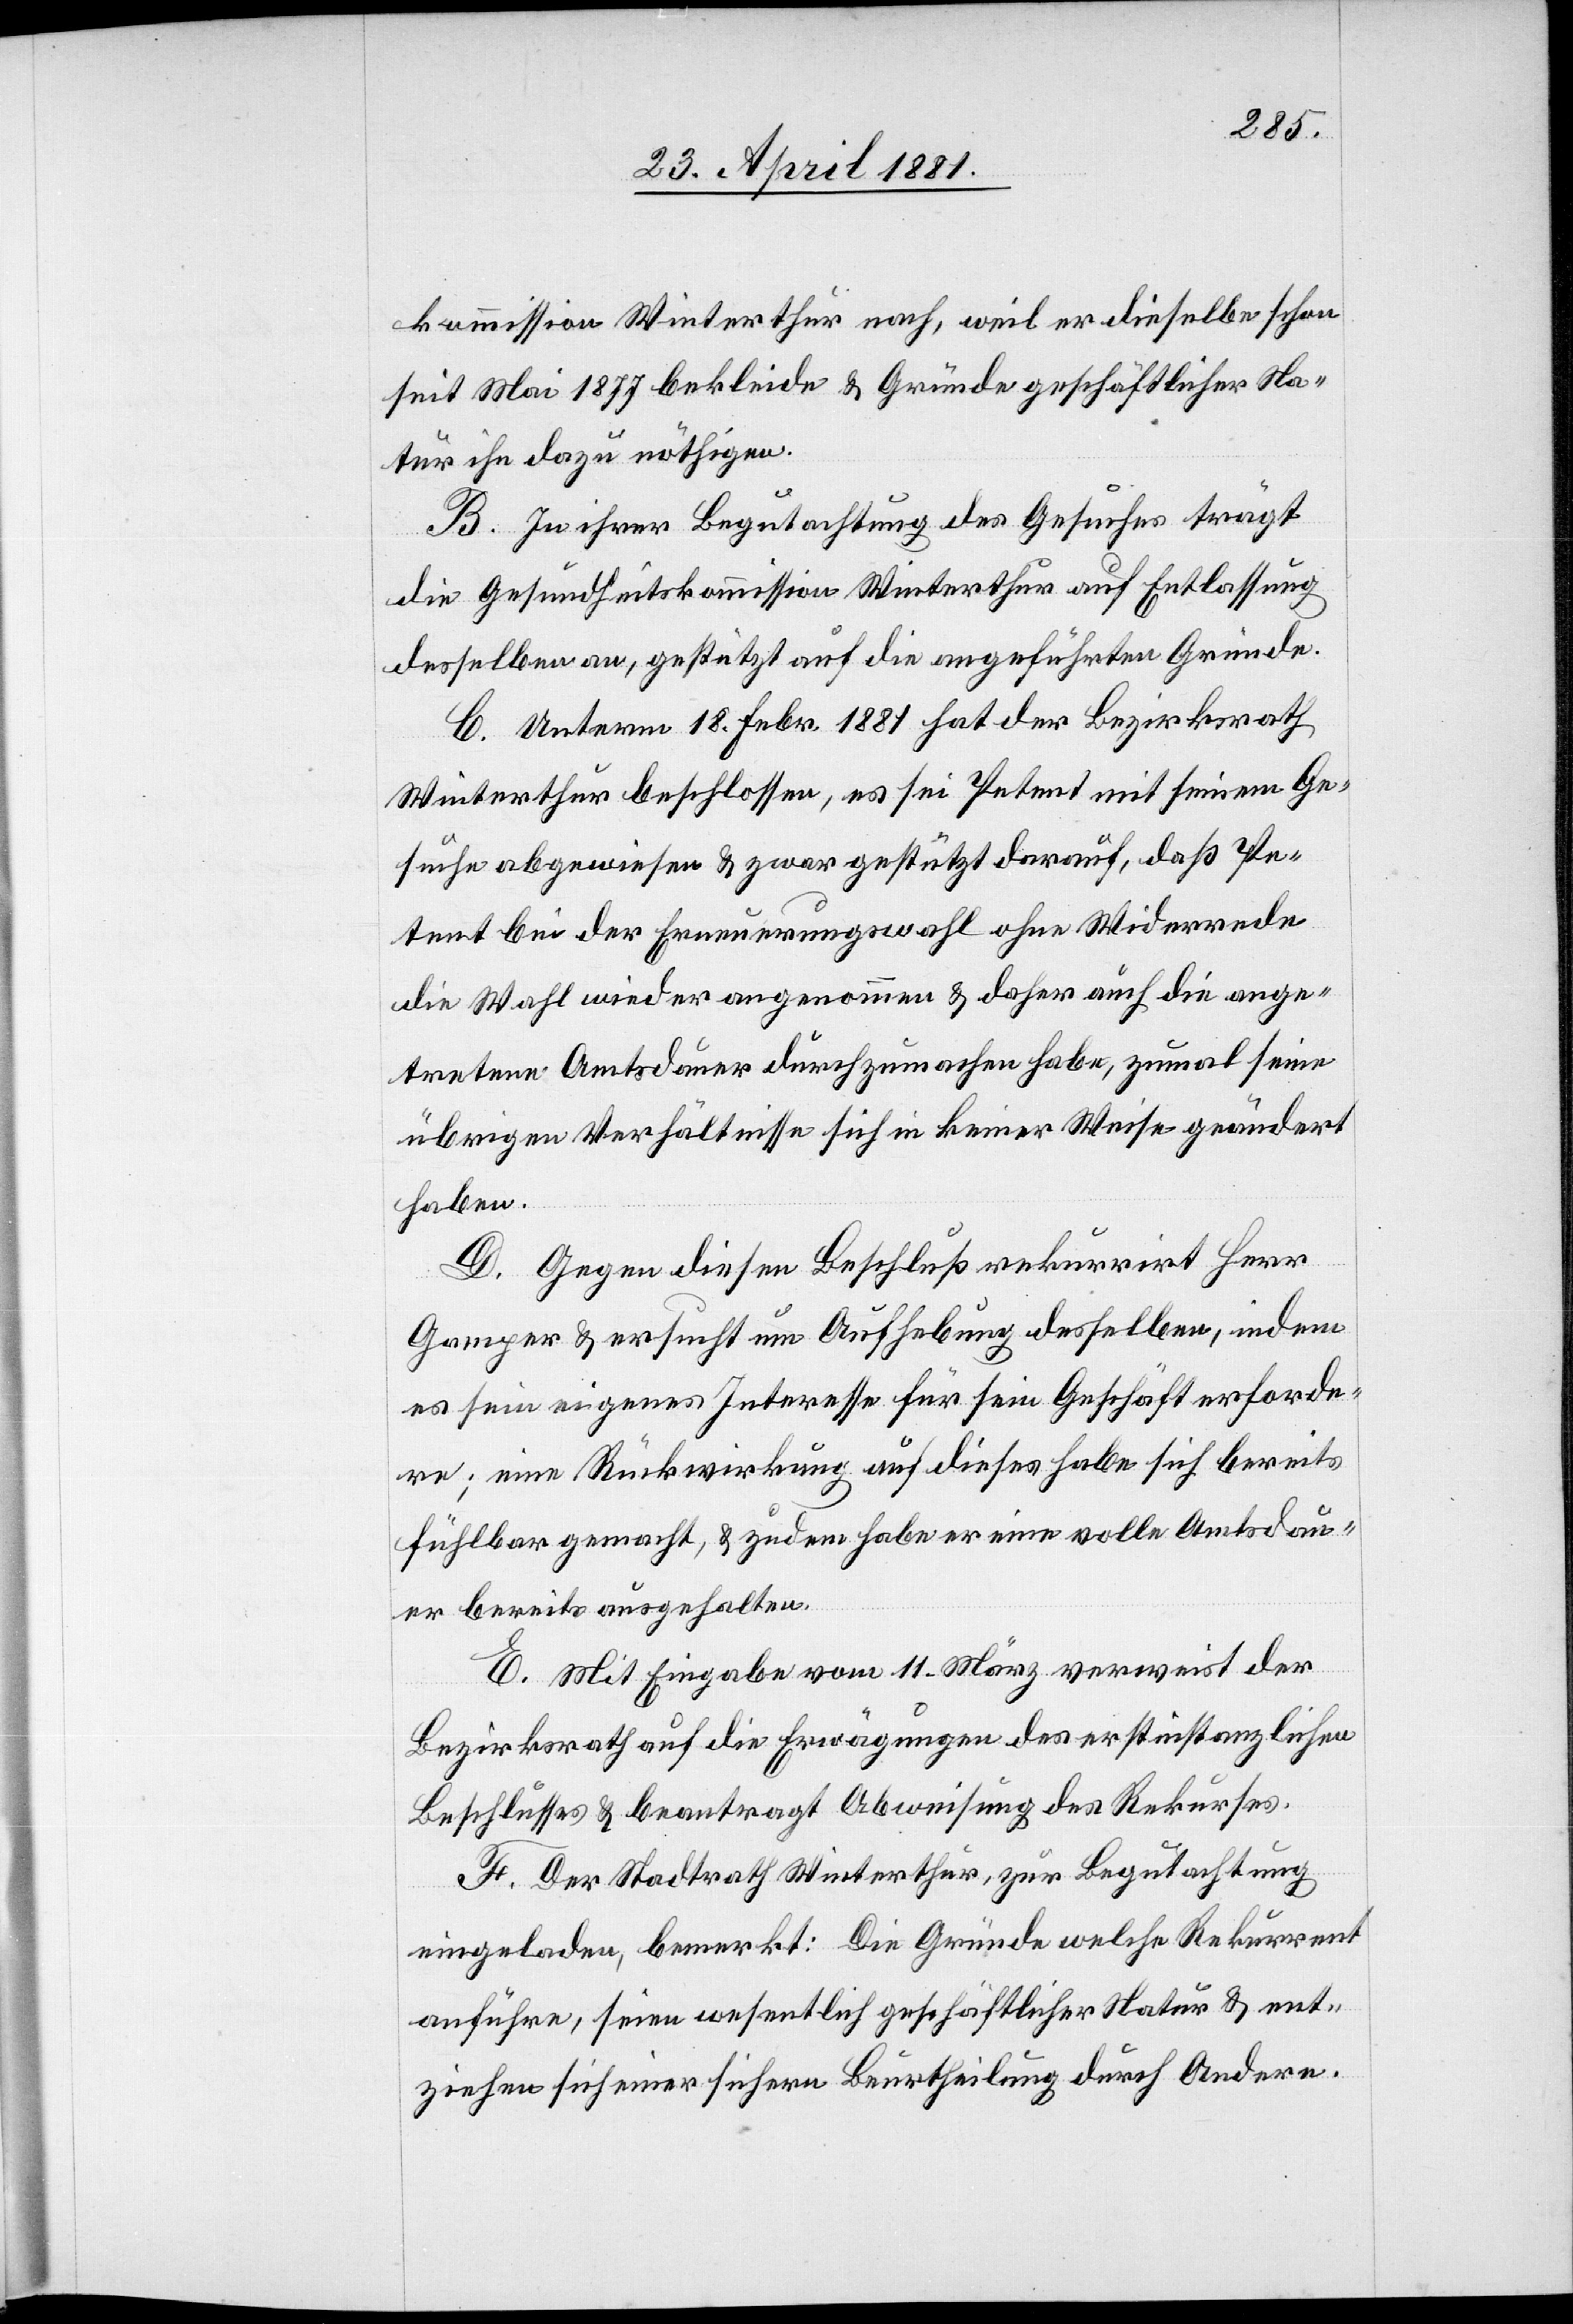
kommission Winterthur nach, weil er dieselbe schon
seit Mai 1877 bekleide & Gründe geschäftlicher Na¬
tur ihn dazu nöthigen.
B. In ihrer Begutachtung des Gesuches trägt
die Gesundheitskommission Winterthur auf Entlassung
desselben an, gestützt auf die angeführten Gründe.
C. Unterm 18. Febr. 1881 hat der Bezirksrath
Winterthur beschlossen, es sei Petent mit seinem Ge¬
suche abgewiesen & zwar gestützt darauf, daß Pe¬
tent bei der Erneuerungswahl ohne Widerrede
die Wahl wieder angenommen & daher auch die ange¬
tretene Amtsdauer durchzumachen habe, zumal seine
übrigen Verhältnisse sich in keiner Weise geändert
haben.
D. Gegen diesen Beschluß rekurrirt Herr
Gamper & ersucht um Aufhebung desselben, indem
es sein eigenes Interesse für sein Geschäft erforde¬
re; eine Rückwirkung auf dieses habe sich bereits
fühlbar gemacht, & zudem habe er eine volle Amtsdau¬
er bereits ausgehalten.
E. Mit Eingabe vom 11. März verweist der
Bezirksrath auf die Erwägungen des erstinstanzlichen
Beschlußes & beantragt Abweisung des Rekurses.
F. Der Stadtrath Winterthur, zur Begutachtung
eingeladen, bemerkt: Die Gründe welche Rekurrent
anführe, seien wesentlich geschäftlicher Natur & ent¬
ziehen sich einer sichern Beurtheilung durch Andere.